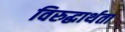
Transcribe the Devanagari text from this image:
विरुद्धार्थता